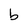
Character: b